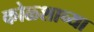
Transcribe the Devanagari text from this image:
कोळ्शाच्या